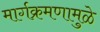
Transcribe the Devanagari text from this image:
मार्गक्रमणामुळे